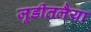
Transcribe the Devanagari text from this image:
जूडीतलैया